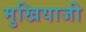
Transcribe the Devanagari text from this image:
मुखियाजी